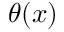
\theta ( x )